Report on the lunatic asylums under the Government of Bombay - 1904-1913
Year: 1904
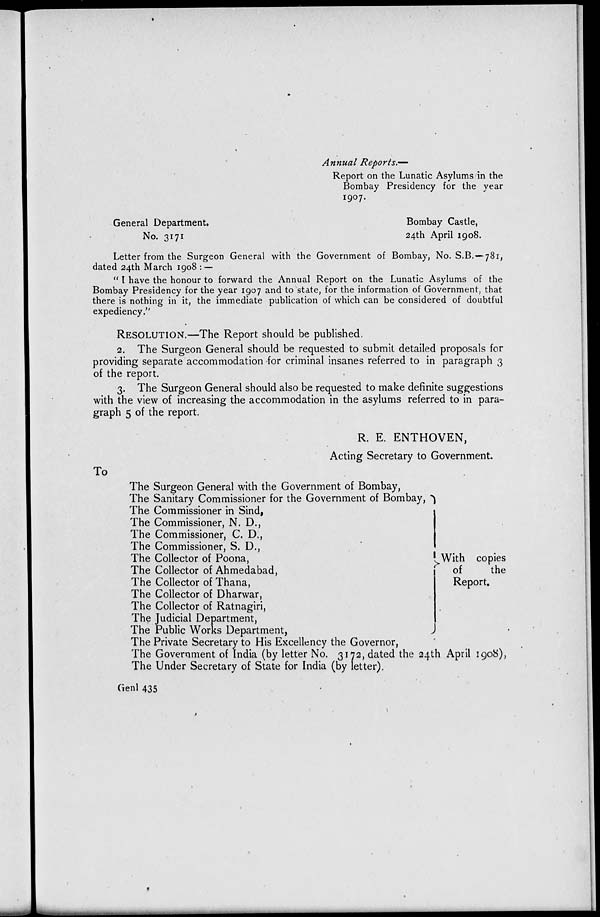
Annual Reports.—
Report on the Lunatic Asylums in the
Bombay Presidency for the year
1907.
General Department.
Bombay Castle,
No. 3171
24th April 1908.
Letter from the Surgeon General with the Government of Bombay, No. S.B.—781,
dated 24th March 1908 : —
" I have the honour to forward the Annual Report on the Lunatic Asylums of the
Bombay Presidency for the year 1907 and to state, for the information of Government, that
there is nothing in it, the immediate publication of which can be considered of doubtful
expediency."
RESOLUTION.—The Report should be published.
2. The Surgeon General should be requested to submit detailed proposals for
providing separate accommodation for criminal insanes referred to in paragraph 3
of the report.
3. The Surgeon General should also be requested to make definite suggestions
with the view of increasing the accommodation in the asylums referred to in para-
graph 5 of the report.
R. E. ENTHOVEN,
Acting Secretary to Government.
To
The Surgeon General with the Government of Bombay,
The Sanitary Commissioner for the Government of Bombay,
The Commissioner in Sind,
The Commissioner, N. D.,
The Commissioner, C. D.,
The Commissioner, S. D.,
The Collector of Poona,
The Collector of Ahmedabad,
The Collector of Thana,
The Collector of Dharwar,
The Collector of Ratnagiri,
The Judicial Department,
The Public Works Department,
The Private Secretary to His Excellency the Governor,
With copies
of
the
Report.
The Government of India (by letter No. 3172, dated the 24th April 1908),
The Under Secretary of State for India (by letter)
Genl 435